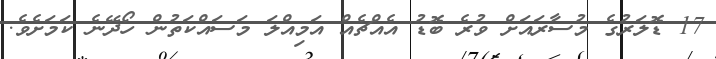
17 ޑޮލަރުގެ މުސާރައަށް ވުރެ ބޮޑު އެއްޗެއް އަމިއްލަ މަސައްކަތުން ހޯދޭނެ ކަމަށެވެ.